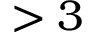
> 3